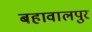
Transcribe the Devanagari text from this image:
बहावालपुर